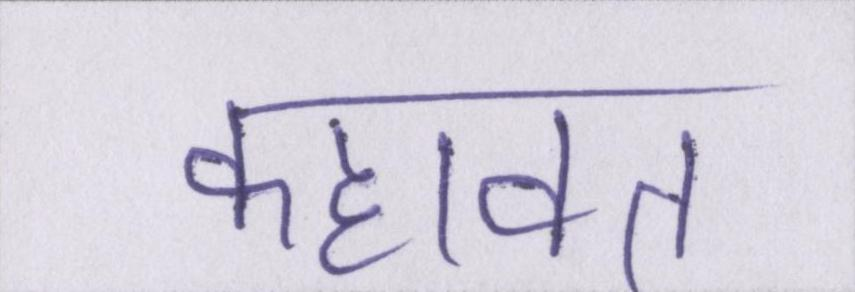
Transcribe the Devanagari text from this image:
कहावत